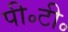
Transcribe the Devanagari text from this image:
पी॰टी॰